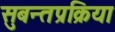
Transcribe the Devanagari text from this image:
सुबन्तप्रक्रिया